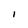
Character: i